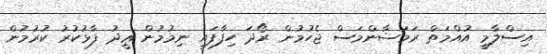
އިސްލާމީ އުއްމަތް ރަމަޟާންމަސް ޖެހުމުން ރޯދަ ހިފާފައި ނިމުމުން ޢީދު ފާޅުކުރު ކުރުމުން